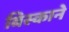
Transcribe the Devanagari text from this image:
बिस्काने